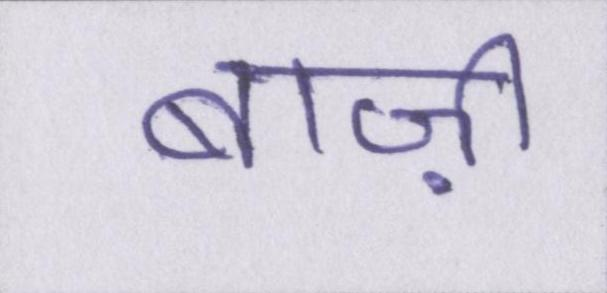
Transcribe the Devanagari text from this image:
बाज़ी